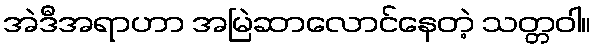
အဲဒီအရာဟာ အမြဲဆာလောင်နေတဲ့ သတ္တဝါ။